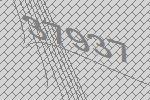
37937